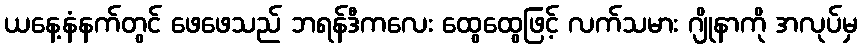
ယနေ့နံနက်တွင် ဖေဖေသည် ဘရန်ဒီကလေး ထွေထွေဖြင့် လက်သမား ဂျိုနာကို အလုပ်မှ